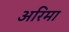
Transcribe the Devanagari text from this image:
अरिमा